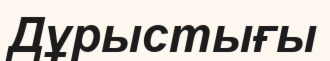
Дұрыстығы